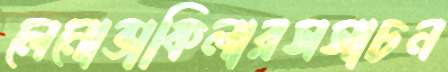
লেনোভাকিলারসসাচন